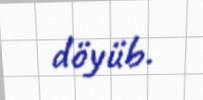
döyüb.